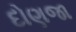
દોણજા